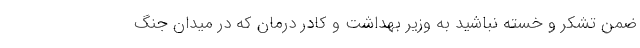
ضمن تشکر و خسته نباشید به وزیر بهداشت و کادر درمان که در میدان جنگ